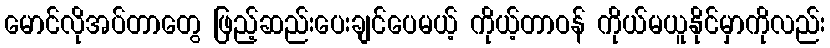
မောင်လိုအပ်တာတွေ ဖြည့်ဆည်းပေးချင်ပေမယ့် ကိုယ့်တာဝန် ကိုယ်မယူနိုင်မှာကိုလည်း